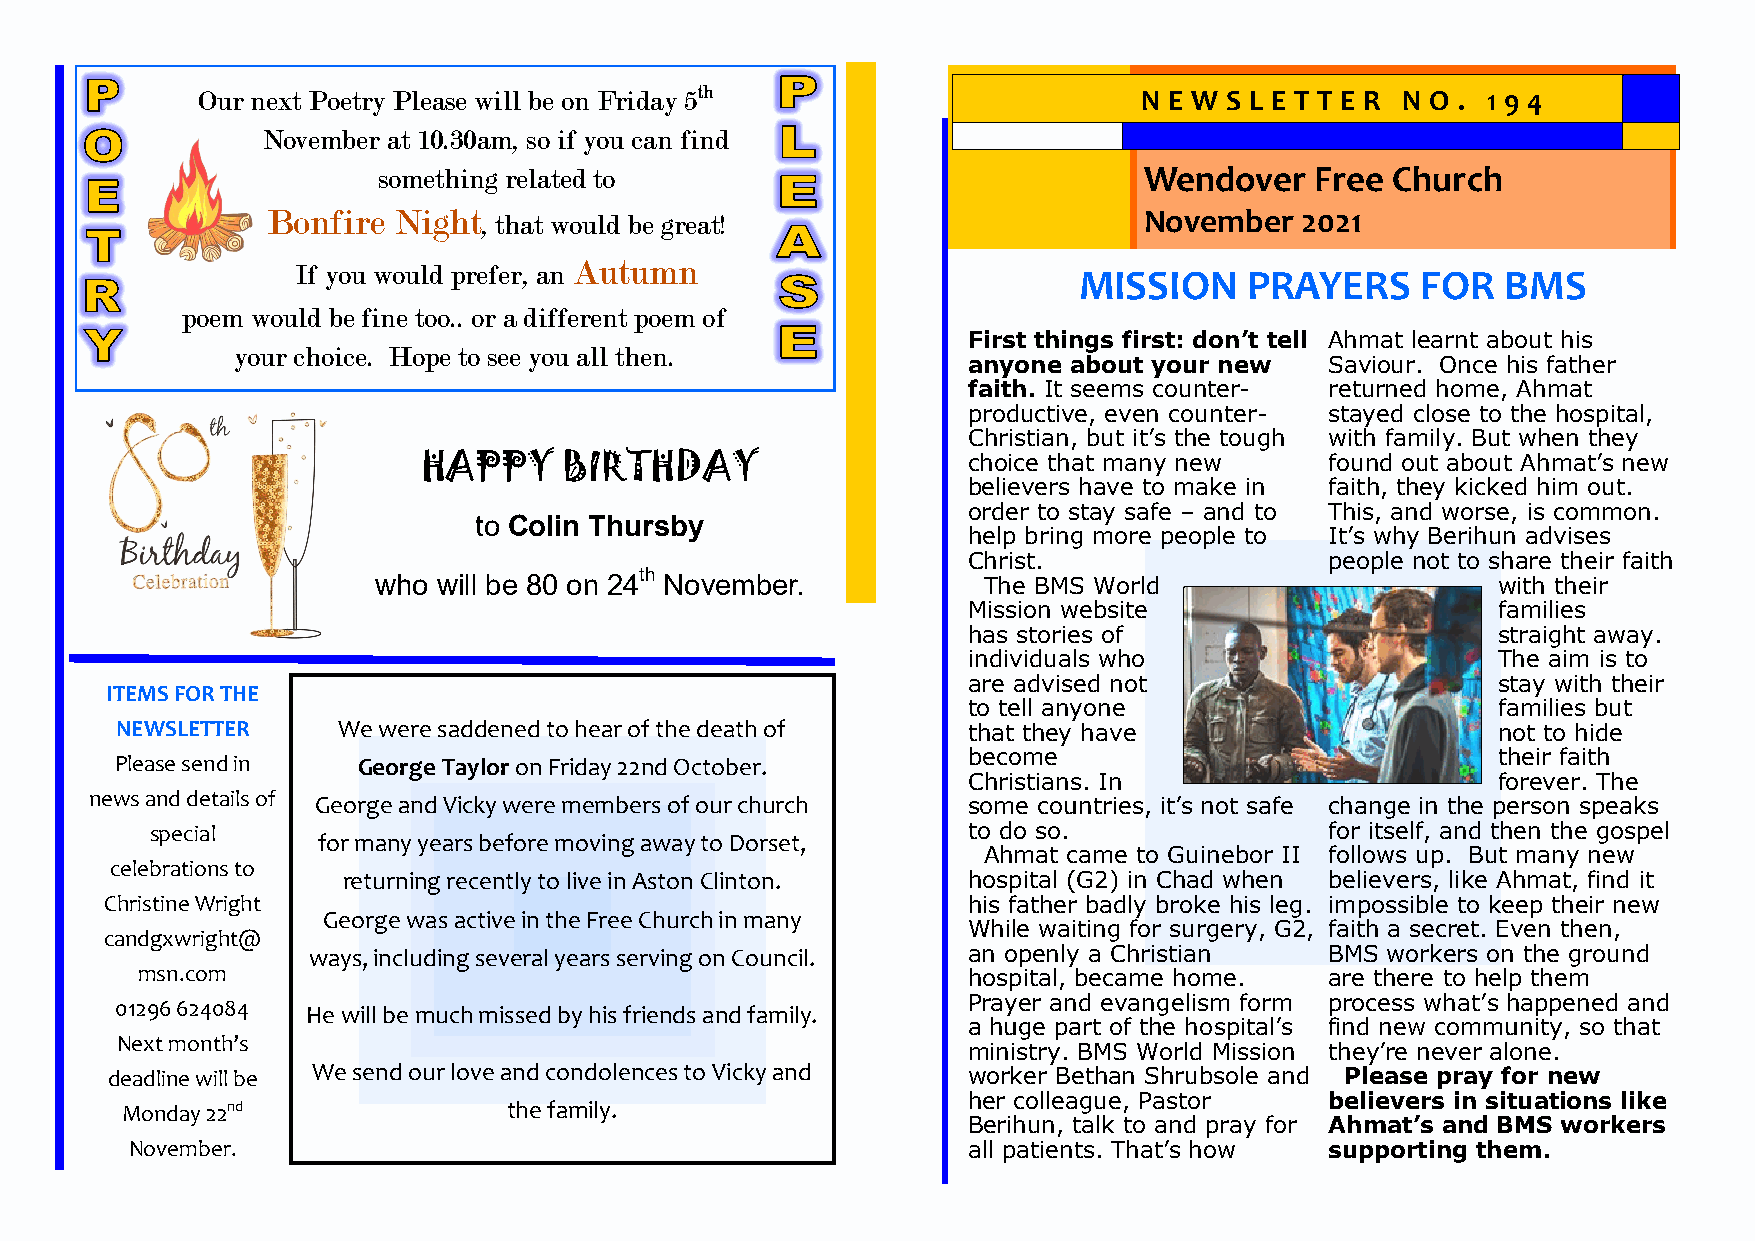
Our next Poetry Please will be on Friday 5th                   N E W S L E T T E R N O . 1 9 4
 November at 10.30am, so if you can find
 something related to                               Wendover   Free Church
 Bonfire Night , that would be great!                      November  2021
 Autumn
 If you would prefer, an
 MISSION     PRAYERS    FOR   BMS
 poem would be fine too.. or a different poem of
 First things first: don’t tell Ahmat learnt about his
 your choice. Hope to see you all then.
 anyone about your new   Saviour. Once his father
 faith. It seems counter- returned home, Ahmat
 productive, even counter- stayed close to the hospital,
 Christian, but it’s the tough with family. But when they
 HAPPY    BIRTHDAY                   choice that many new    found out about Ahmat’s new
 believers have to make in faith, they kicked him out.
 order to stay safe – and to This, and worse, is common.
 to Colin Thursby
 help bring more people to It’s why Berihun advises
 Christ.                 people not to share their faith
 who will be 80 on 24th November.        The BMS World                     with their
 Mission website                    families
 has stories of                     straight away.
 individuals who                    The aim is to
 are advised not                    stay with their
 ITEMS FOR THE
 to tell anyone                     families but
 NEWSLETTER    We were saddened to hear of the death of  that they have                     not to hide
 become                             their faith
 Please send in  George Taylor on Friday 22nd October.
 Christians. In                     forever. The
 news and details of George and Vicky were members of our church some countries, it’s not safe change in the person speaks
 special                                               to do so.               for itself, and then the gospel
 for many years before moving away to Dorset,
 Ahmat came to Guinebor II follows up. But many new
 celebrations to
 returning recently to live in Aston Clinton. hospital (G2) in Chad when believers, like Ahmat, find it
 Christine Wright                                         his father badly broke his leg. impossible to keep their new
 George was active in the Free Church in many
 While waiting for surgery, G2, faith a secret. Even then,
 candgxwright@
 ways, including several years serving on Council. an openly a Christian BMS workers on the ground
 msn.com                                                hospital, became home.  are there to help them
 Prayer and evangelism form process what’s happened and
 01296 624084 He will be much missed by his friends and family.
 a huge part of the hospital’s find new community, so that
 Next month’s
 ministry. BMS World Mission they’re never alone.
 deadline will be We send our love and condolences to Vicky and worker Bethan Shrubsole and Please pray for new
 her colleague, Pastor   believers in situations like
 Monday 22nd               the family.
 Berihun, talk to and pray for Ahmat’s and BMS workers
 November.                                              all patients. That’s how supporting them.